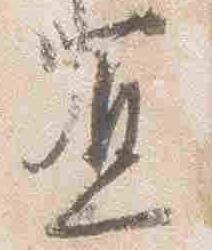
宜